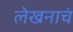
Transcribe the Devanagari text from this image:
लेखनाचं